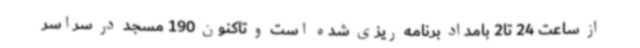
از ساعت 24 تا2 بامداد برنامه ریزی شده است و تاکنون 190 مسجد در سراسر